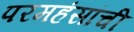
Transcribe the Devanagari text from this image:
परमहंसांची